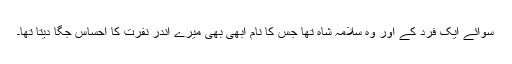
سوائے ایک فرد کے اور وہ سلامہ شاہ تھا جس کا نام ابھی بھی میرے اندر نفرت کا احساس جگا دیتا تھا۔